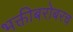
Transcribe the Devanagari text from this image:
भक्तीबरोबरच